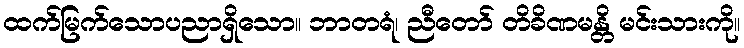
ထက်မြက်သောပညာရှိသော။ ဘာတရံ၊ ညီတော် တိခိဏမန္တိ မင်းသားကို။